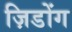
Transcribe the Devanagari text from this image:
ज़िडोंग